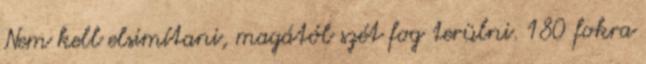
Nem kell elsimítani, magától szét fog terülni. 180 fokra